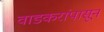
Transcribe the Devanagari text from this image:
वाडकरांपासून